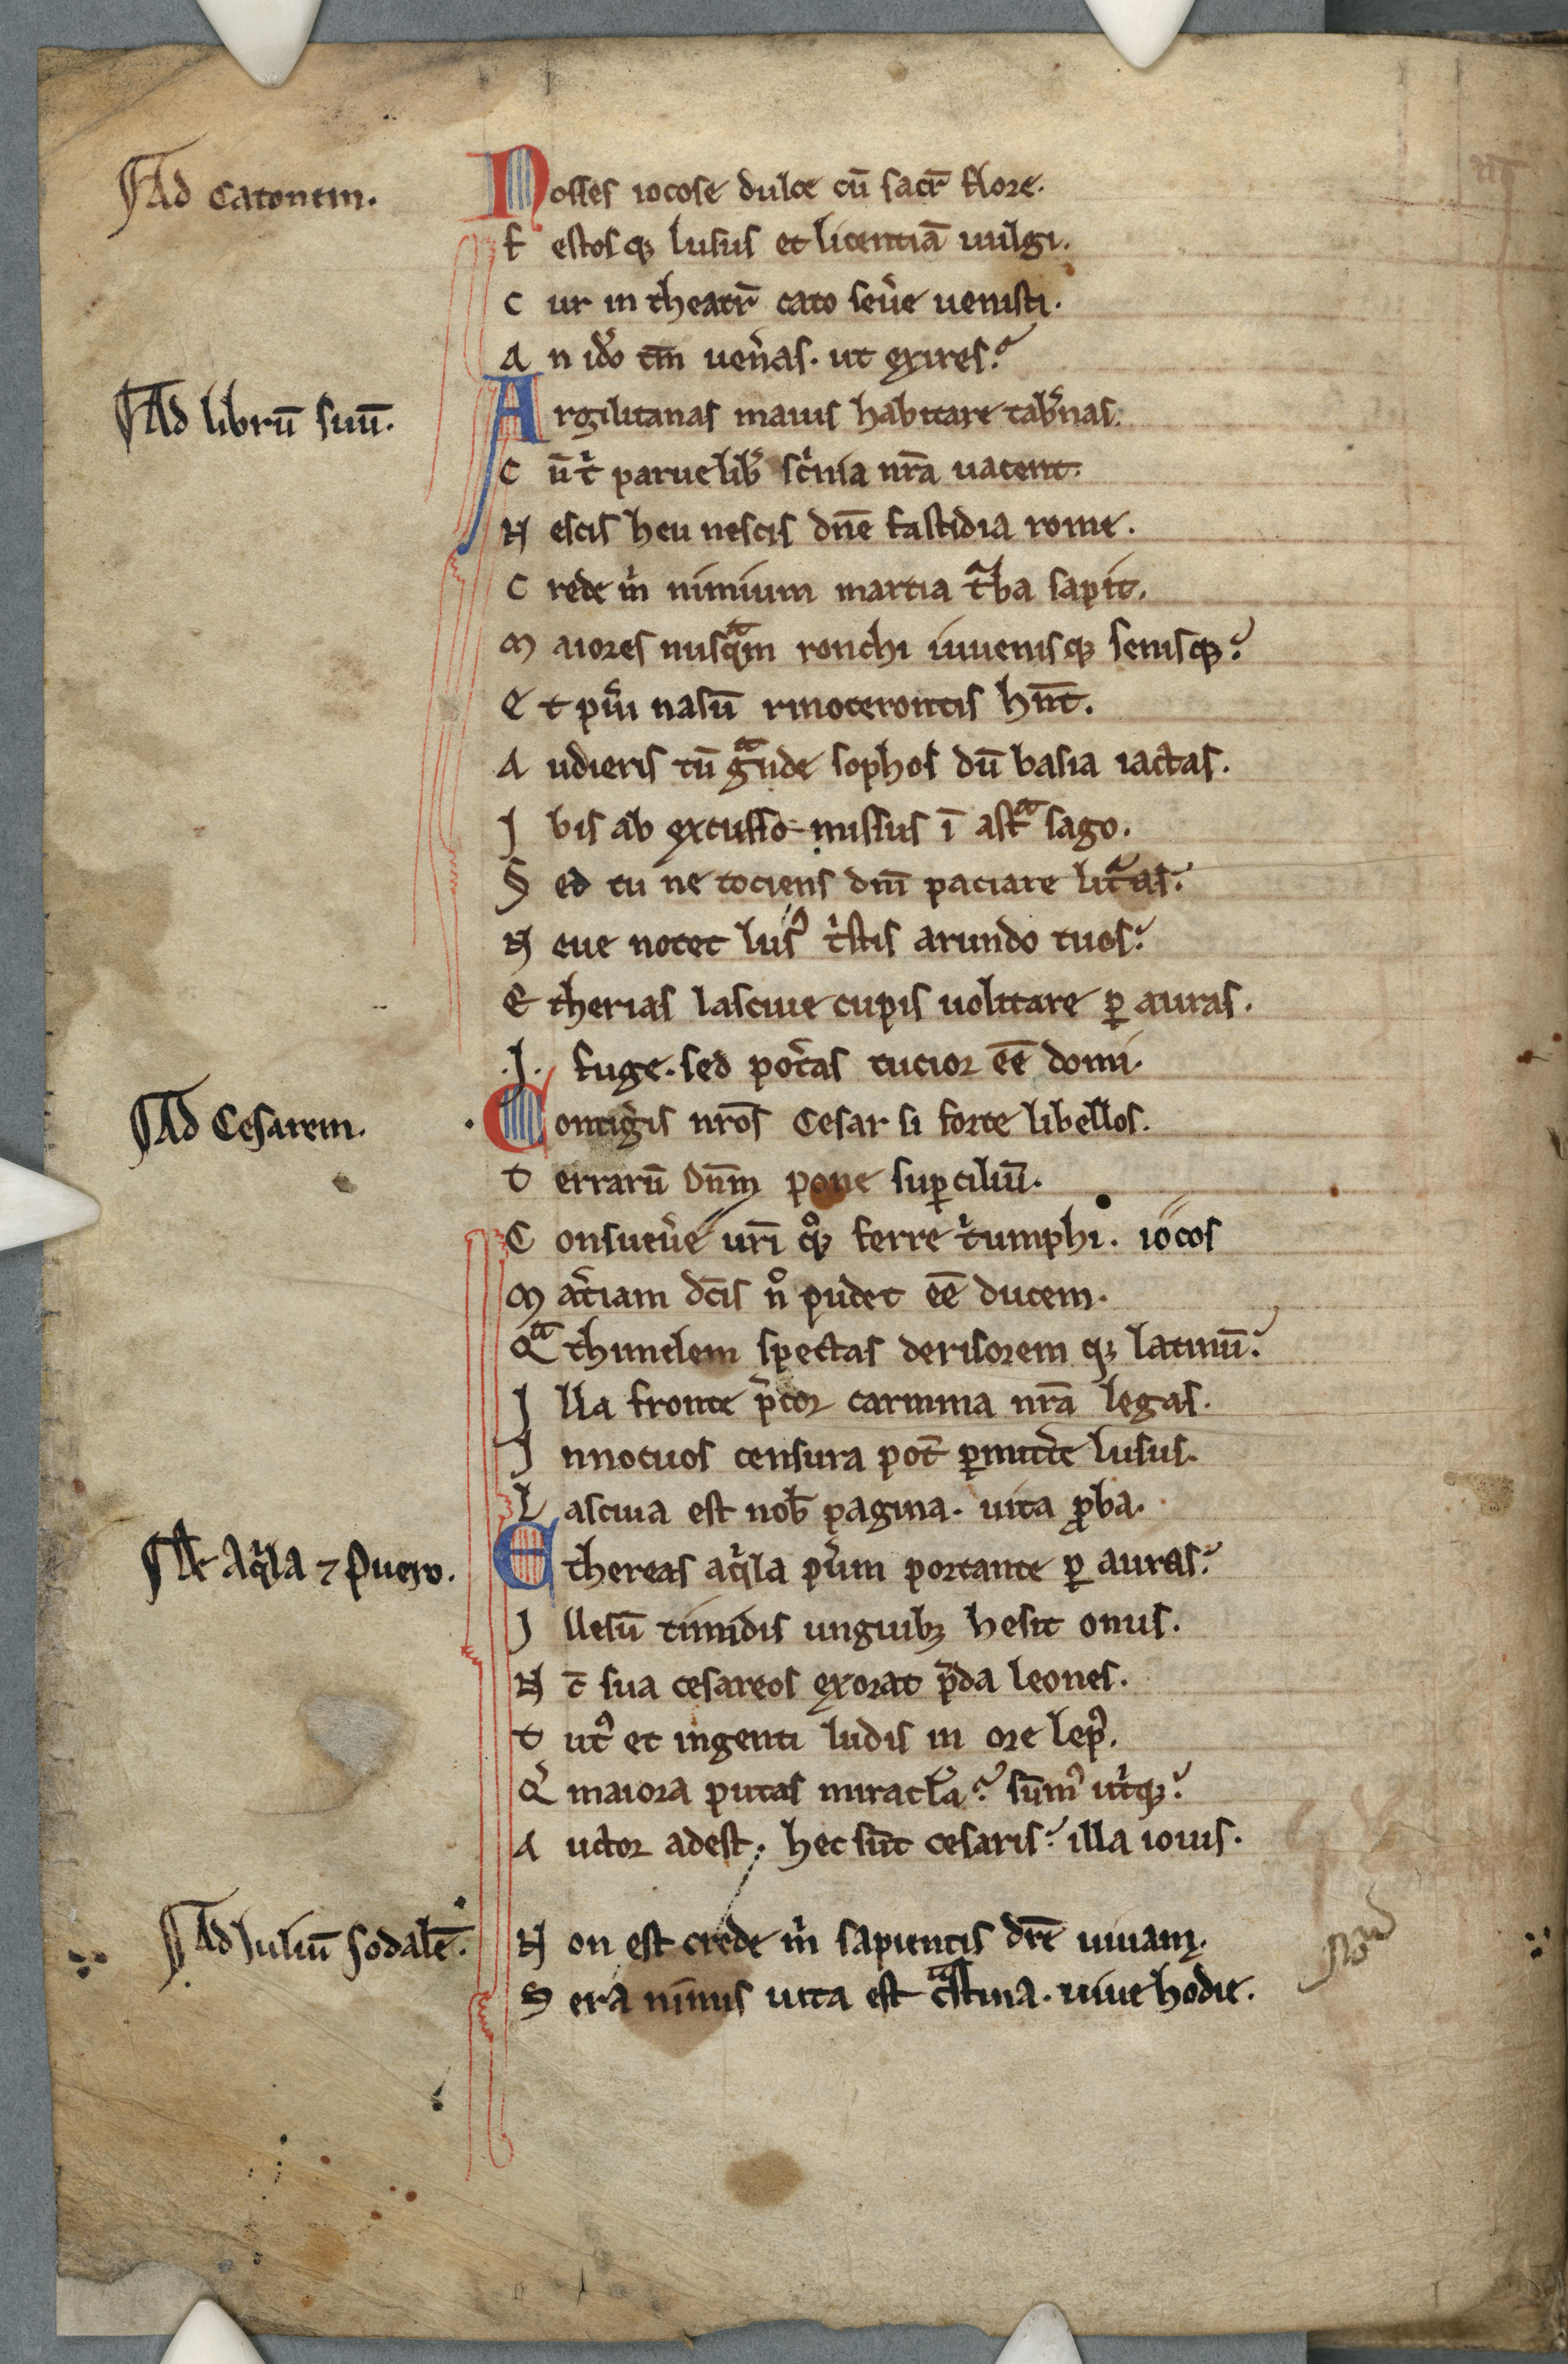
Shelfmark: Cambridge, Corpus Christi College, MS 236
Century: 13